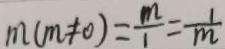
m ( m \neq 0 ) = \frac { m } { 1 } = \frac { 1 } { m }